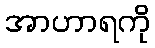
အာဟာရကို